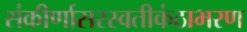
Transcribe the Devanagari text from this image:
संकीर्णासरस्वतीकंठाभरण